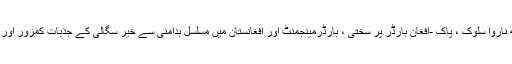
افغان مہاجروں کے ساتھ ناروا سلوک ، پاک -افغان بارڈر پر سختی ، بارڈرمینجمنٹ اور افغانستان میں مسلسل بدامنی سے خیر سگالی کے جذبات کمزور اور غم وغصہ بڑھ رہا ہے ۔